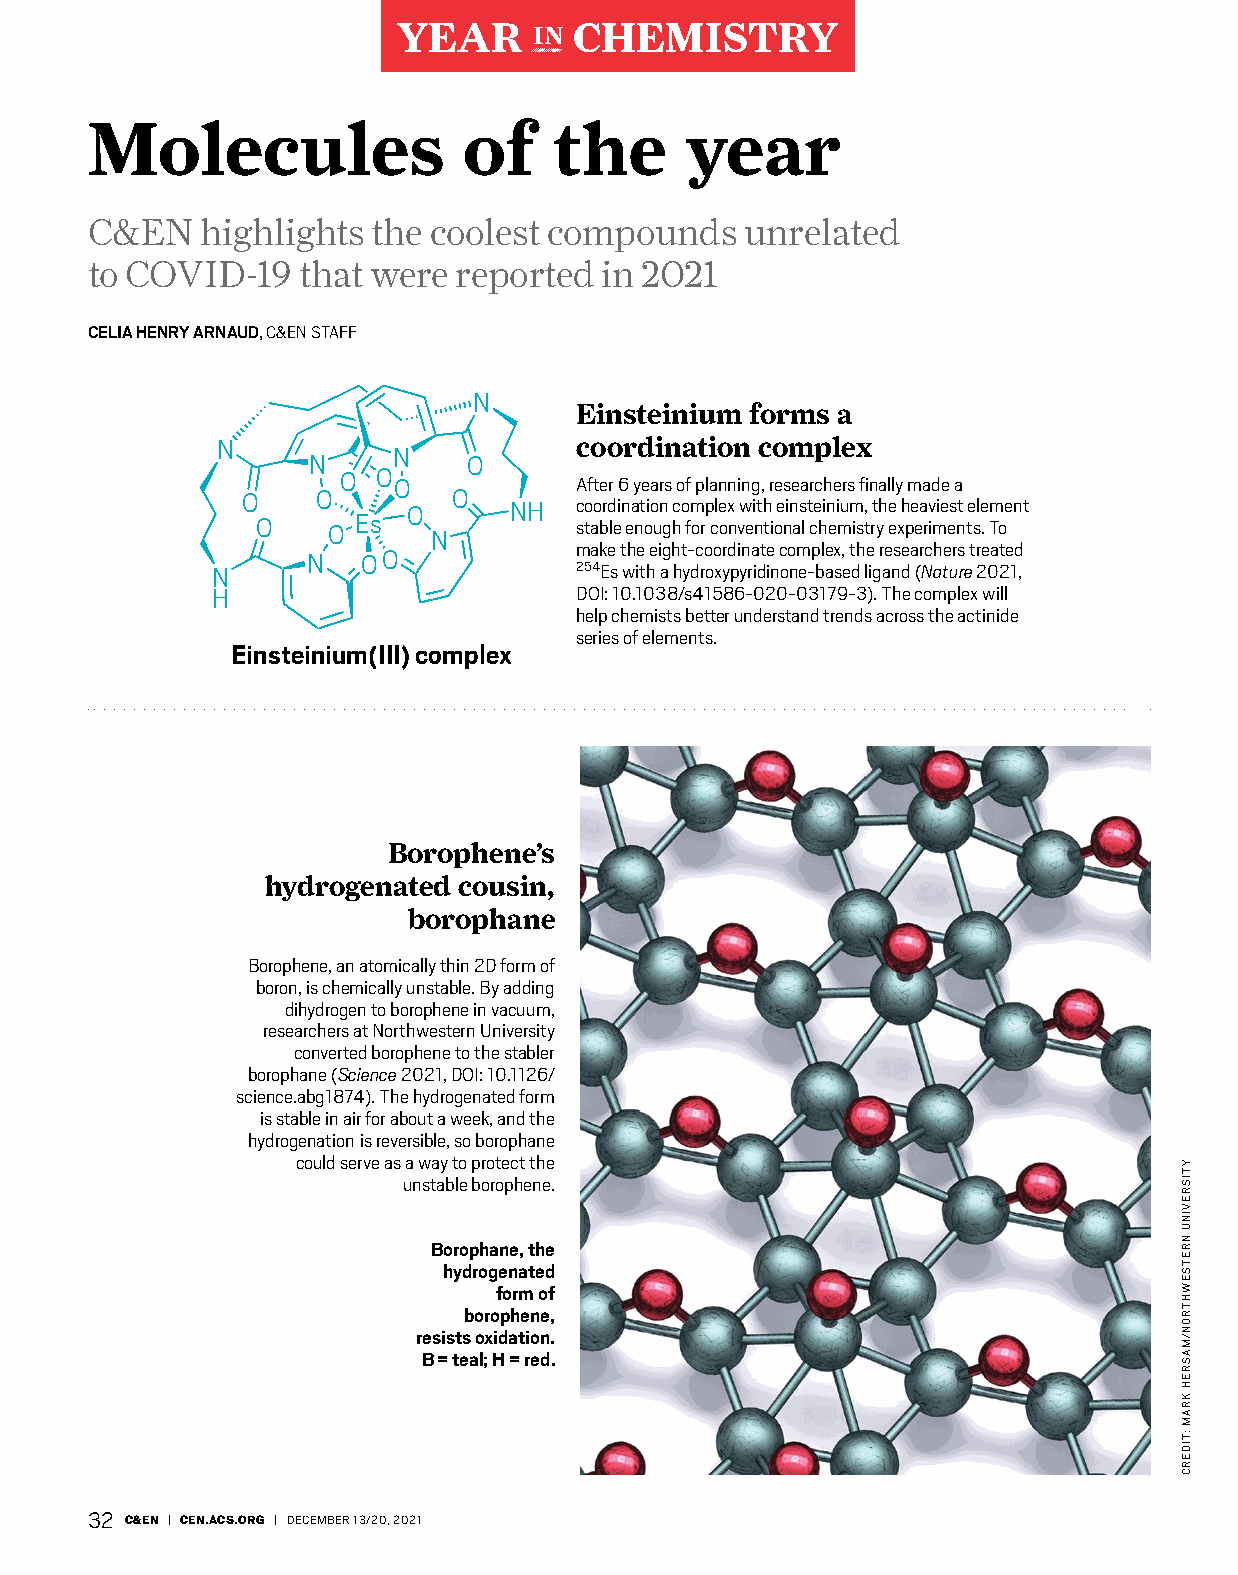
YEAR     IN CHEMISTRY
 Molecules                of    the     year
 C&EN   highlights  the coolest compounds   unrelated
 to COVID-19   that were reported  in 2021
 CELIA HENRY ARNAUD, C&EN STAFF
 N
 Einsteinium forms a
 N                       coordination complex
 N
 N          O
 O  O
 O           After 6 years of planning, researchers finally made a
 O    O        O
 O      NH  coordination complex with einsteinium, the heaviest element
 O    O Es   N        stable enough for conventional chemistry experiments. To
 N   OO            make the eight-coordinate complex, the researchers treated
 N                       254Es with a hydroxypyridinone-based ligand (Nature 2021,
 H                       DOI: 10.1038/s41586-020-03179-3). The complex will
 help chemists better understand trends across the actinide
 series of elements.
 Einsteinium(III) complex
 Borophene’s
 hydrogenated cousin,
 borophane
 Borophene, an atomically thin 2D form of
 boron, is chemically unstable. By adding
 dihydrogen to borophene in vacuum,
 researchers at Northwestern University
 converted borophene to the stabler
 borophane (Science 2021, DOI: 10.1126/
 science.abg1874). The hydrogenated form
 is stable in air for about a week, and the
 hydrogenation is reversible, so borophane
 could serve as a way to protect the
 unstable borophene.
 Borophane, the
 hydrogenated
 form of
 borophene,
 resists oxidation.
 B = teal; H = red.
 32 C&EN | CEN.ACS.ORG | DECEMBER 13/20, 2021
 YTISREVINU
 NRETSEWHTRON/MASREH
 KRAM
 :TIDERC